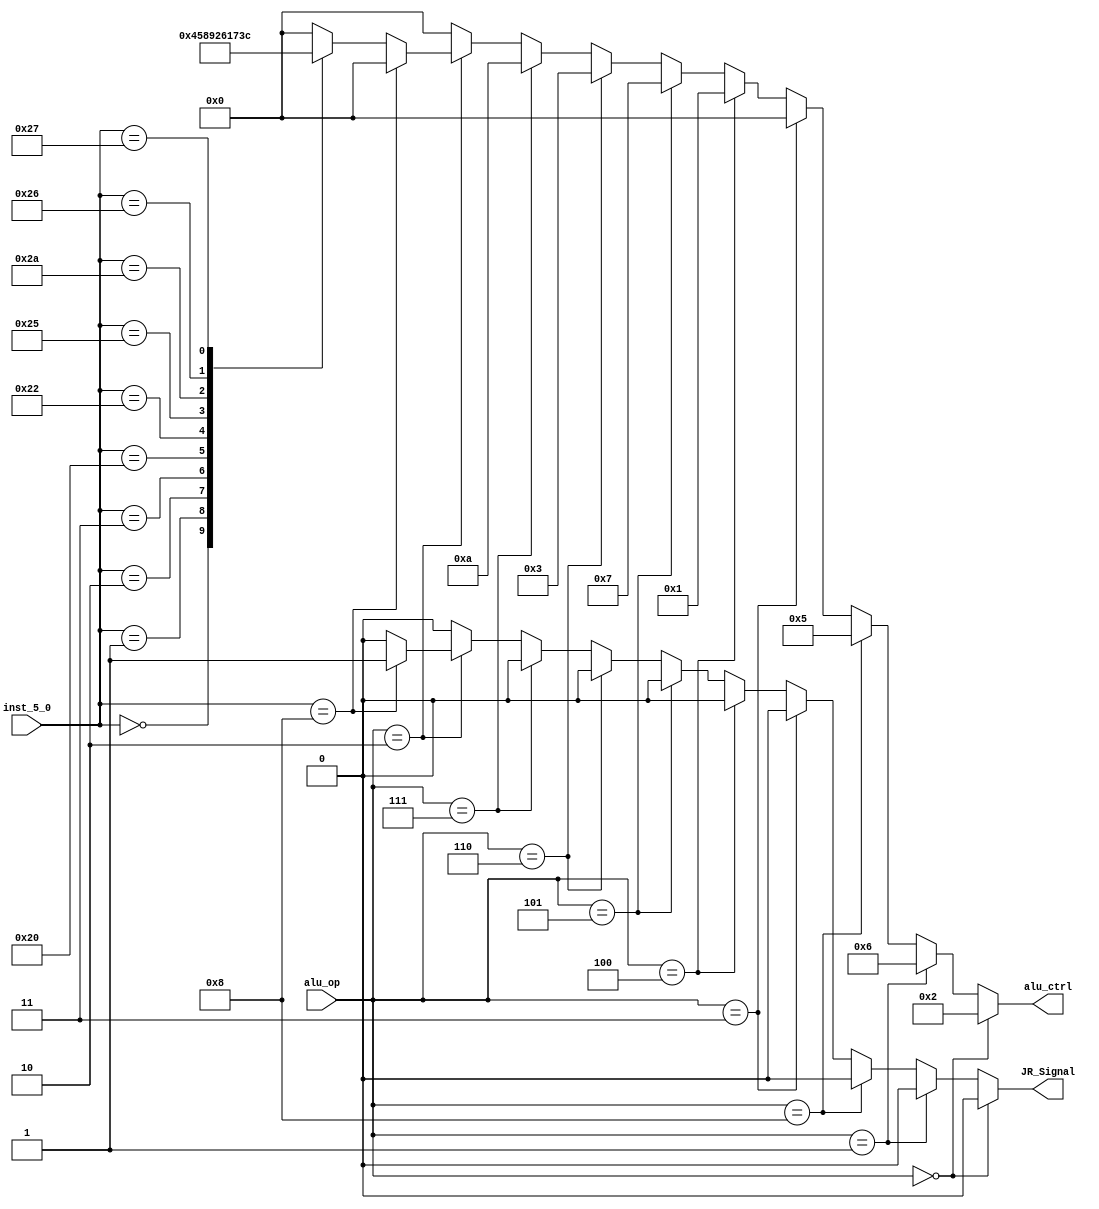
module ALU_CONTROL(alu_ctrl, JR_Signal, alu_op, inst_5_0);
	
	output reg[3:0] alu_ctrl;	 //signal going to ALU can be modified to more bits when adding more instr 
	output reg JR_Signal;
	input wire[3:0] alu_op; 	//coming from control unit
	input wire[5:0] inst_5_0;  	//funct field in instr

	always @(*)  	//to make sure when any input change;
	begin                         	//operations are executed from begining;
		if(alu_op==4'b0000)	//sw or lw --> add or addi
		begin
			JR_Signal <= 1'b0;
			alu_ctrl <= 4'b0010; 
		end

		else if(alu_op==4'b0001) // sub for beq
		begin
			JR_Signal <= 1'b0;
			alu_ctrl <= 4'b0110;
		end
		
		else if(alu_op==4'b1000) // new sgti
		begin
			
			JR_Signal <= 1'b0;
			alu_ctrl <= 4'b0101;
		end

		else if(alu_op==4'b0011) // andi
		begin
			JR_Signal <= 1'b0;
			alu_ctrl <= 4'b0000;
		end

		else if(alu_op==4'b0100) // ori
		begin
			JR_Signal <= 1'b0;
			alu_ctrl <= 4'b0001;
		end

		else if(alu_op==4'b0101) // slti
		begin
			JR_Signal <= 1'b0;
			alu_ctrl <= 4'b0111;
		end

		else if(alu_op==4'b0110) // xori
		begin
			JR_Signal <= 1'b0;
			alu_ctrl <= 4'b0011;
		end

		else if(alu_op==4'b0111) // lui
		begin
			JR_Signal <= 1'b0;
			alu_ctrl <= 4'b1010;
		end

		else if(alu_op==4'b0010)   //Incase (010) indicate we have R_FORMATE inst; 
		begin                    //so we diffrentiate using funct field in instr;
			if(inst_5_0==6'b001000)
			begin
				alu_ctrl <= 4'b0000;
				JR_Signal <= 1'b1;
			end
			else
			begin
				JR_Signal <= 1'b0;
				case (inst_5_0)
					6'b000000:alu_ctrl <= 4'b0100;  //sll
					6'b000001:alu_ctrl <= 4'b0101;	//sgt
					6'b000010:alu_ctrl <= 4'b1000;  //srl
					6'b000011:alu_ctrl <= 4'b1001;  //sra
					6'b100000:alu_ctrl <= 4'b0010;  //add
					6'b100010:alu_ctrl <= 4'b0110;  //subtract
					6'b100100:alu_ctrl <= 4'b0000;  //AND
					6'b100101:alu_ctrl <= 4'b0001;  //OR
					6'b101010:alu_ctrl <= 4'b0111;  //slt 
					6'b100110:alu_ctrl <= 4'b0011;  //xor
					6'b100111:alu_ctrl <= 4'b1100;  //nor
					default  :alu_ctrl <= 4'b0000; 
				endcase
			end
		end
		else
		begin
			alu_ctrl <= 4'b0000;
			JR_Signal <= 1'b0;
		end
	end
endmodule